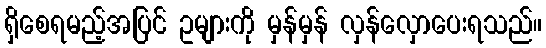
ရှိစေရမည့်အပြင် ဥများကို မှန်မှန် လှန်လှောပေးရသည်။